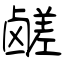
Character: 鹾